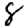
Digit: 8